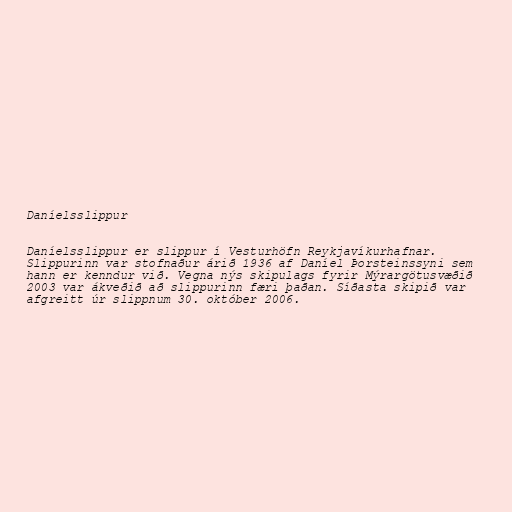
Daníelsslippur

Daníelsslippur er slippur í Vesturhöfn Reykjavíkurhafnar.
Slippurinn var stofnaður árið 1936 af Daníel Þorsteinssyni sem
hann er kenndur við. Vegna nýs skipulags fyrir Mýrargötusvæðið
2003 var ákveðið að slippurinn færi þaðan. Síðasta skipið var
afgreitt úr slippnum 30. október 2006.